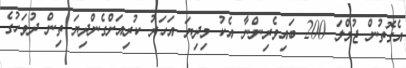
އެގޮތުން ޖުމްލަ 200 ބައިވެރިންނާ އެކު މިދިޔަ އަހަރު ކުރިއަށްގެންދިޔަ ތިން ދުވަހުގެ